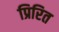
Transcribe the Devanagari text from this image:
प्रिरित